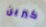
كيرين